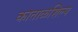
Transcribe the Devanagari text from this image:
काताळशिल्प